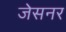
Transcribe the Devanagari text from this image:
जेसनर